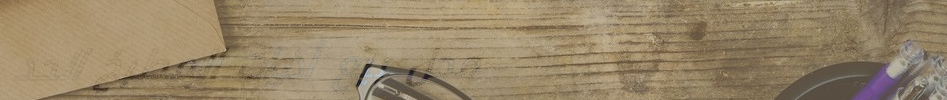
محل بيع أدوات المطبخ الحد